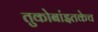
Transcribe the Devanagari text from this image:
तुकोबांइतकेच